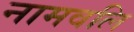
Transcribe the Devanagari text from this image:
नामवलि